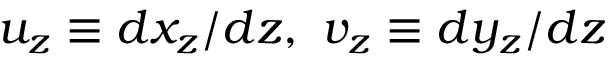
u _ { z } \equiv d x _ { z } / d z , ~ v _ { z } \equiv d y _ { z } / d z